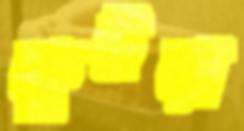
কুইয়া